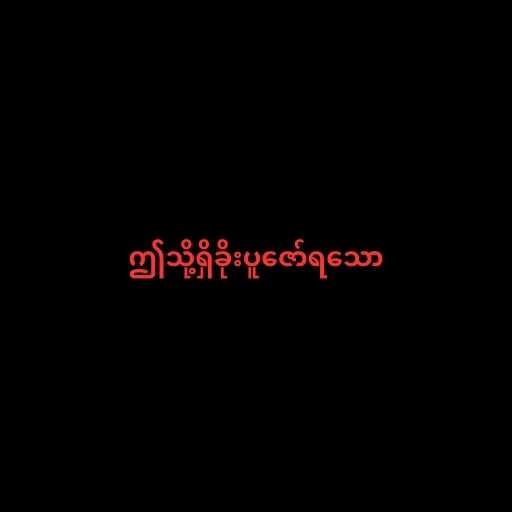
ဤသို့ရှိခိုးပူဇော်ရသော